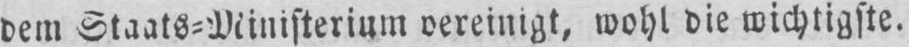
dem Staats⸗Ministerium vereinigt, wohl die wichtigste.